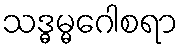
သဒ္ဓမ္မဂေါစရာ